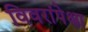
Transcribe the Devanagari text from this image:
विवरांपेक्षा